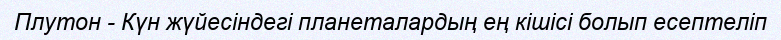
Плутон - Күн жүйесіндегі планеталардың ең кішісі болып есептеліп